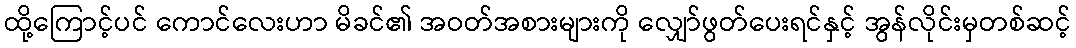
ထို့ကြောင့်ပင် ကောင်လေးဟာ မိခင်၏ အဝတ်အစားများကို လျှော်ဖွတ်ပေးရင်နှင့် အွန်လိုင်းမှတစ်ဆင့်